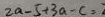
2 a - 5 + 3 a - c =